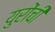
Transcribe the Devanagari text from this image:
युरोंची